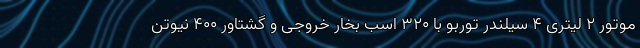
موتور 2 لیتری 4 سیلندر توربو با 320 اسب بخار خروجی و گشتاور 400 نیوتن